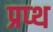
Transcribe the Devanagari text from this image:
प्रप्थ